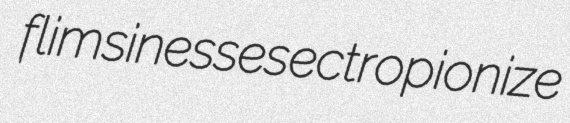
flimsinesses ectropionize